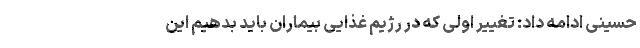
حسینی ادامه داد: تغییر اولی که در رژیم غذایی بیماران باید بدهیم این